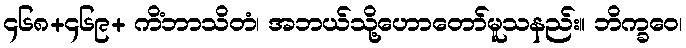
၄၆၈+၄၆၉+ ကိံဘာသိတံ၊ အဘယ်သို့ဟောတော်မူသနည်း။ ဘိက္ခဝေ၊